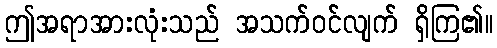
ဤအရာအားလုံးသည် အသက်ဝင်လျက် ရှိကြ၏။